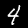
Digit: 4